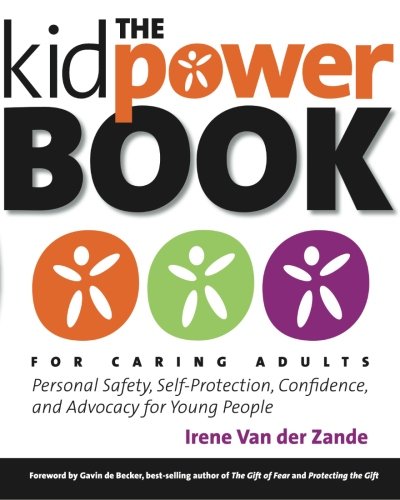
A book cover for The Kidpower Book for Caring Adults: Personal Safety, Self-Protection, Confidence, and Advocacy for Young People; Irene Van der Zande; Health, Fitness & Dieting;